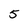
Character: 5